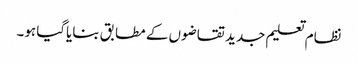
نظام تعلیم جدید تقاضوں کے مطابق بنایاگیا ہو۔